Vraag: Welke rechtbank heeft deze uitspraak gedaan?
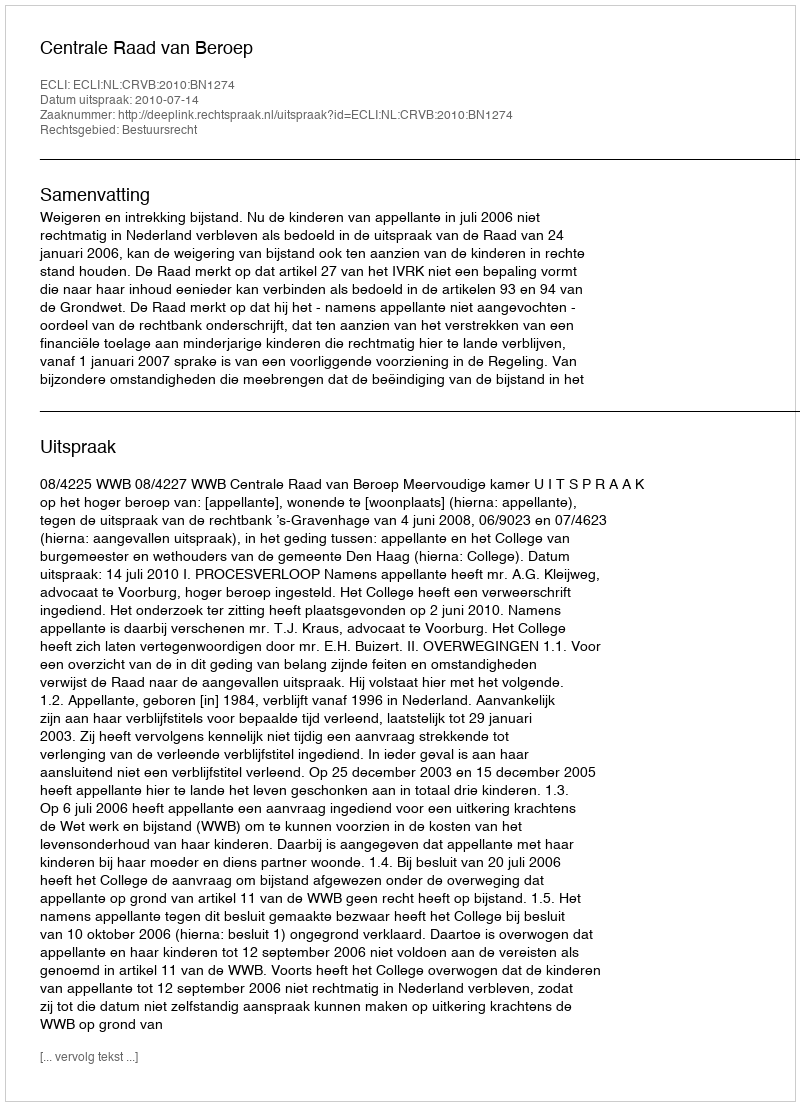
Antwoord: Centrale Raad van Beroep